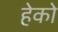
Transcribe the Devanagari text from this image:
हेको